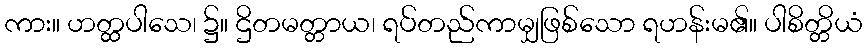
ကား။ ဟတ္ထပါသေ၊ ၌။ ဌိတမတ္တာယ၊ ရပ်တည်ကာမျှဖြစ်သော ရဟန်းမ၏။ ပါစိတ္တိယံ